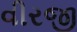
વીરજી